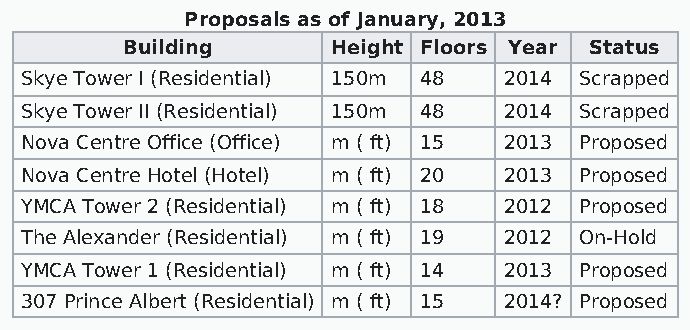
Proposals as of January, 2013
 Building      Height Floors Year Status
 Skye Tower I (Residential) 150m 48 2014 Scrapped
 Skye Tower II (Residential) 150m 48 2014 Scrapped
 Nova Centre Office (Office) m ( ft) 15 2013 Proposed
 Nova Centre Hotel (Hotel) m ( ft) 20 2013 Proposed
 YMCA Tower 2 (Residential) m ( ft) 18 2012 Proposed
 The Alexander (Residential) m ( ft) 19 2012 On-Hold
 YMCA Tower 1 (Residential) m ( ft) 14 2013 Proposed
 307 Prince Albert (Residential) m ( ft) 15 2014? Proposed